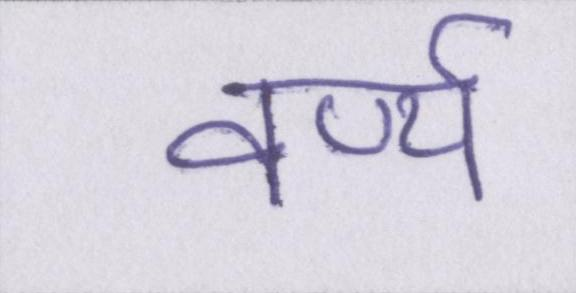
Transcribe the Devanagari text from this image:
वर्ण्य